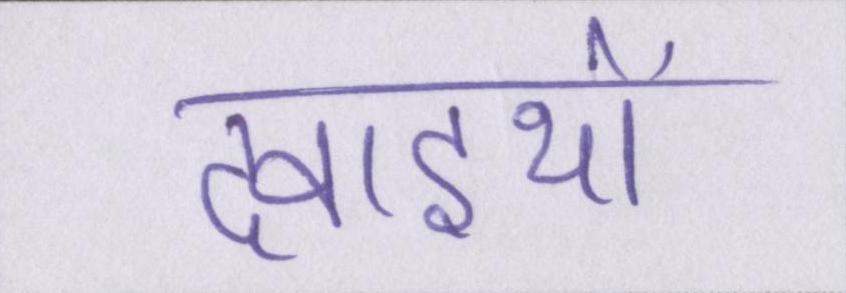
दवाइयों